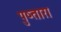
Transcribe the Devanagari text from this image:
पुष्तारा